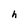
Character: h